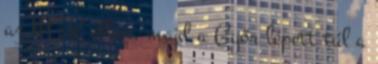
az MTK ellen, majd a Győr lépett túl a